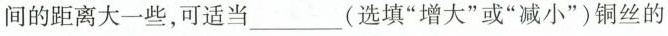
间的距离大一些，可适当___(选填“大”或“减小”)铜丝的